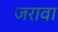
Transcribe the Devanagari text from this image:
जरावा